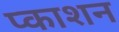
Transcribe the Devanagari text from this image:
प्काशन